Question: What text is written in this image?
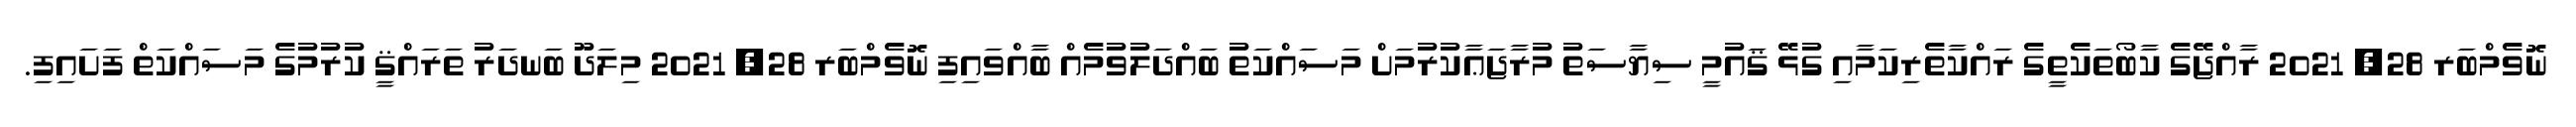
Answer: ނޮވެމްބަރ 28, 2021 ރާއްޖޭގެ ކާބޯތަކެތީގެ ރައްކާތެރިކަމާއި ގުޅޭ ޤައުމީ ސިޔާސަތު މުރާޖަޢާކުރުމަށް މަސައްކަތު ބައްދަލުވުމެއް ބާއްވައިފި ނޮވެމްބަރ 28, 2021 މިލަދޫ ބަނދަރު ތަރައްޤީ ކުރުމުގެ މަސައްކަތް ފަށައިފި.